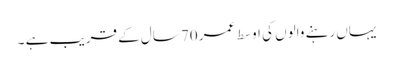
یہاں رہنے والوں کی اوسط عمر 70 سال کے قریب ہے ۔